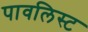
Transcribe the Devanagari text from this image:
पावलिस्ट